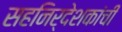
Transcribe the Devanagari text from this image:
सहनिर्देशकांची